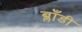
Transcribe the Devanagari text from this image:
ब्लाँडी